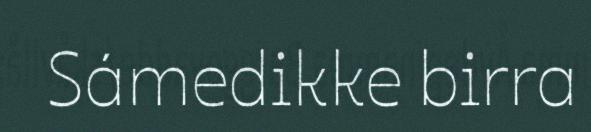
Sámedikke birra